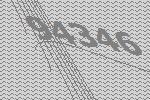
94346